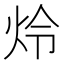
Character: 炩